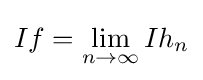
If=\lim _{n\to \infty }Ih_{n}